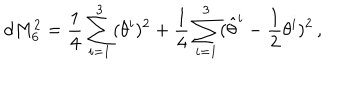
d M _ { 6 } ^ { 2 } = \frac { 1 } { 4 } \sum _ { i = 1 } ^ { 3 } ( \theta ^ { i } ) ^ { 2 } + \frac { 1 } { 4 } \sum _ { i = 1 } ^ { 3 } ( \hat { \theta } ^ { i } - \frac { 1 } { 2 } \theta ^ { i } ) ^ { 2 } \, ,